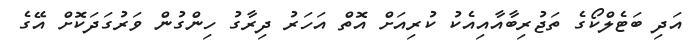
އަދި ބަޓެލްކޯގެ ތަޖުރިބާއާއިއެކު ކުރިއަށް އޮތް އަހަރު ދިރާގު ހިންގުން ވަރުގަދަކޮށް އޭގެ